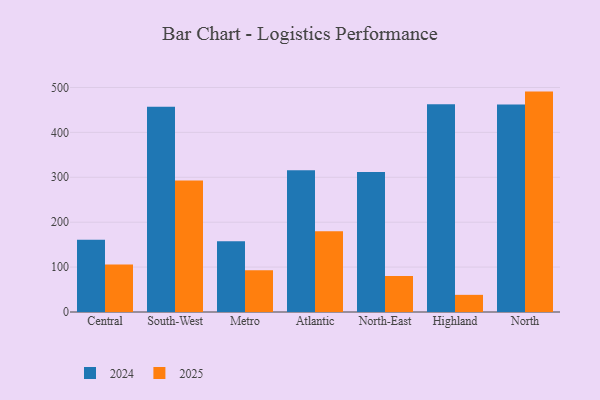
{"axis": {"x": "Region", "y": "Humidity (%)"}, "legend": ["2024", "2025"], "data": [{"x": "Central", "y": 160.8, "type": "2024"}, {"x": "Central", "y": 106.0, "type": "2025"}, {"x": "South-West", "y": 456.8, "type": "2024"}, {"x": "South-West", "y": 292.9, "type": "2025"}, {"x": "Metro", "y": 157.3, "type": "2024"}, {"x": "Metro", "y": 93.2, "type": "2025"}, {"x": "Atlantic", "y": 315.4, "type": "2024"}, {"x": "Atlantic", "y": 179.9, "type": "2025"}, {"x": "North-East", "y": 311.8, "type": "2024"}, {"x": "North-East", "y": 80.4, "type": "2025"}, {"x": "Highland", "y": 462.5, "type": "2024"}, {"x": "Highland", "y": 38.2, "type": "2025"}, {"x": "North", "y": 462.1, "type": "2024"}, {"x": "North", "y": 490.8, "type": "2025"}]}